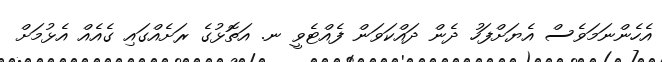
އެހެންނަމަވެސް އެޔަށްފަހު ދެން ދައްކަވަން ފެއްޓެވީ ނ. އަތޮޅުގެ ރަށެއްގައި ގެއެއް އެޅުމަށް